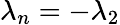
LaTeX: \lambda_{n}=-\lambda_{2}